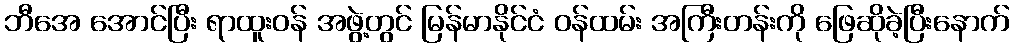
ဘီအေ အောင်ပြီး ရာထူးဝန် အဖွဲ့တွင် မြန်မာနိုင်ငံ ဝန်ထမ်း အကြီးတန်းကို ဖြေဆိုခဲ့ပြီးနောက်